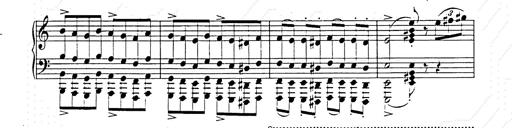
Title: Hungarian Rhapsody No.15
Composer: Franz Liszt
Key: A minor